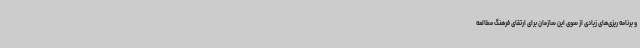
و برنامه ریزی‌های زیادی از سوی این سازمان برای ارتقای فرهنگ مطالعه